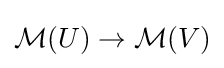
{\mathcal {M}}(U)\to {\mathcal {M}}(V)